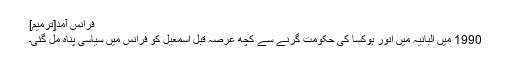
فرانس آمد[ترمیم]
1990 میں البانیہ میں انور ہوکسا کی حکومت گرنے سے کچھ عرصہ قبل اسمٰعیل کو فرانس میں سیاسی پناہ مل گئی۔